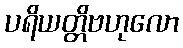
ပရိယတ္တိဗဟုလော